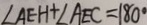
\angle A E H + \angle A E C = 1 8 0 ^ { \circ }